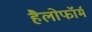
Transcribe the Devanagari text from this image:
हैलोफॉर्म